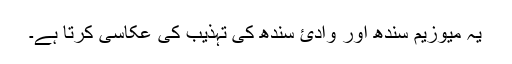
یہ میوزیم سندھ اور وادئ سندھ کی تہذیب کی عکاسی کرتا ہے۔